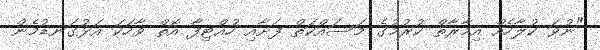
"ނުވަ ކުލާހެއް އިމާރާތް ކުރުމުގެ މަސައްކަތް ފަށާއި ހުއްޓިފާ އޮތް ވާހަކަ އަޅުގަނޑުމެން